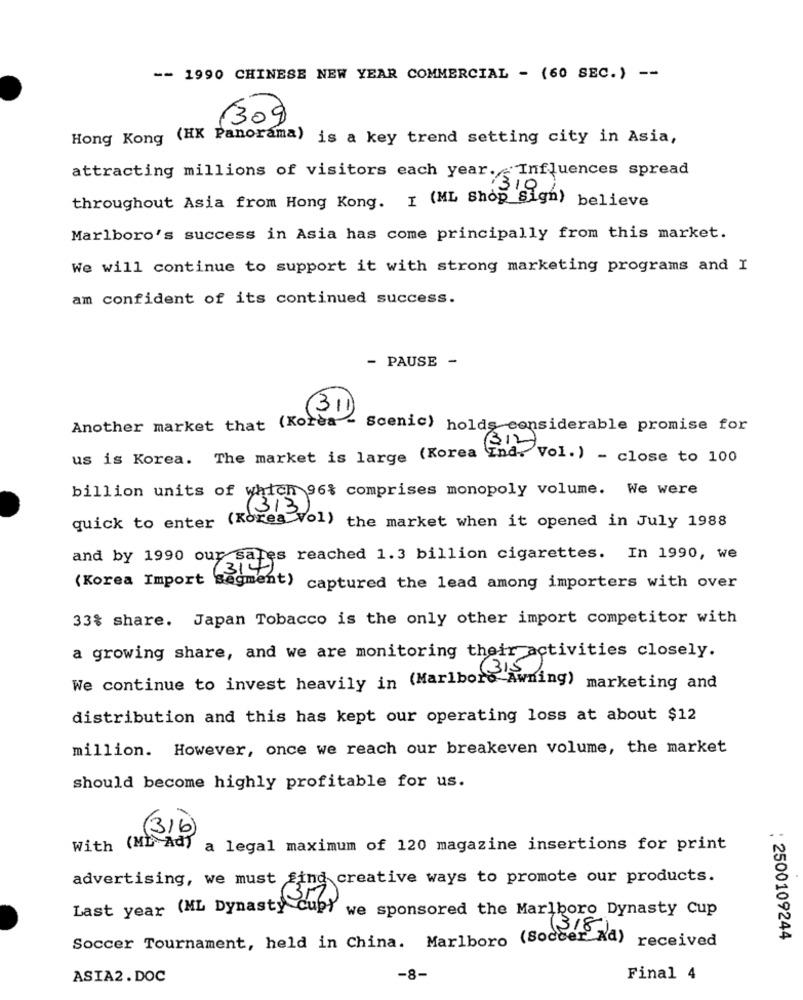
-- 1990 CHINESE NEW YEAR COMMERCIAL - (60 SEC.) --
(30)
Hong Kong (HK Panorama) is a key trend setting city in Asia,
attracting millions of visitors each year. Influences spread
13
throughout Asia from Hong Kong. I (ML Shop Sign) believe
Marlboro's success in Asia has come principally from this market.
We will continue to support it with strong marketing programs and I
am confident of its continued success.
- PAUSE -
311
Another market that (Korea
Scenic) holds considerable promise for
(312)
us is Korea. The market is large (Korea Ind, Vol.) - close to 100
billion units of which 96% comprises monopoly volume. We were
313
quick to enter
(Korea Vol) the market when it opened in July 1988
and by 1990 our sales reached 1.3 billion cigarettes. In 1990, we
6314)
(Korea Import Segment)
captured the lead among importers with over
33% share. Japan Tobacco is the only other import competitor with
a growing share, and we are monitoring their activities closely.
(315
We continue to invest heavily in (Marlboro Awning)
marketing and
distribution and this has kept our operating loss at about $12
million. However, once we reach our breakeven volume, the market
should become highly profitable for us.
(31b)
With (ML Ad) a legal maximum of 120 magazine insertions for print
advertising, we must find creative ways to promote our products.
3M
Last year (ML Dynasty Cupy
we sponsored the Marlboro Dynasty cup
1318)
Soccer Tournament, held in China. Marlboro (Soccer Ad) received
: 2500109244
ASIA2.DOC
-8-
Final 4